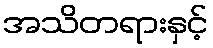
အသိတရားနှင့်